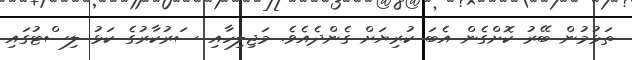
ތަޅުމުން ބޭރު ކޮށްގެން އެބަ ކުރިޔަށް ގެންދެއެވެ. މަޖިލިހާއި ސަރުކާރުގެ ކަޅު ލިސްޓުގައި